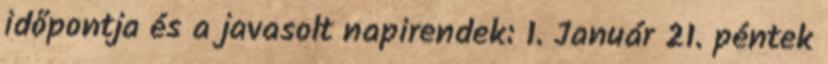
időpontja és a javasolt napirendek: 1. Január 21. péntek